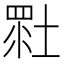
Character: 𡎯